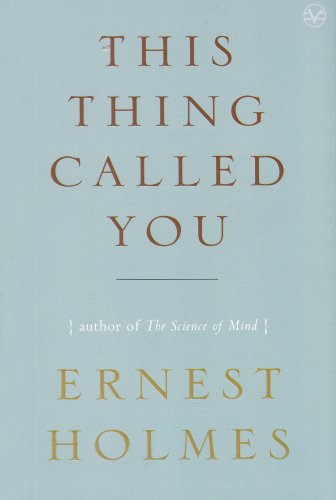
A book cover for This Thing Called You; Ernest Holmes; Politics & Social Sciences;